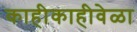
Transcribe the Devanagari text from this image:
काहीकाहीवेळा